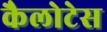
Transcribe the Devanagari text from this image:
कैलोटेस